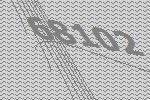
68102